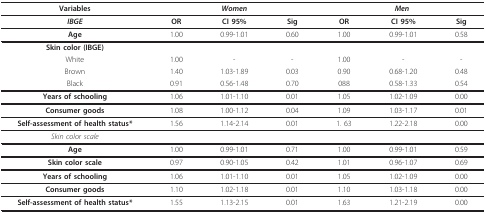
<table><thead><tr><td><b>Variables</b></td><td colspan="3"><b><i>Women</i></b></td><td colspan="3"><b><i>Men</i></b></td></tr></thead><tbody><tr><td><b><i>IBGE</i></b></td><td><b>OR</b></td><td><b>CI 95%</b></td><td><b>Sig</b></td><td><b>OR</b></td><td><b>CI 95%</b></td><td><b>Sig</b></td></tr><tr><td><b>Age</b></td><td>1.00</td><td>0.99-1.01</td><td>0.60</td><td>1.00</td><td>0.99-1.01</td><td>0.58</td></tr><tr><td><b>Skin color (IBGE)</b></td><td></td><td></td><td></td><td></td><td></td><td></td></tr><tr><td>White</td><td>1.00</td><td>-</td><td>-</td><td>1.00</td><td>-</td><td>-</td></tr><tr><td>Brown</td><td>1.40</td><td>1.03-1.89</td><td>0.03</td><td>0.90</td><td>0.68-1.20</td><td>0.48</td></tr><tr><td>Black</td><td>0.91</td><td>0.56-1.48</td><td>0.70</td><td>088</td><td>0.58-1.33</td><td>0.54</td></tr><tr><td><b>Years of schooling</b></td><td>1.06</td><td>1.01-1.10</td><td>0.01</td><td>1.05</td><td>1.02-1.09</td><td>0.00</td></tr><tr><td><b>Consumer goods</b></td><td>1.08</td><td>1.00-1.12</td><td>0.04</td><td>1.09</td><td>1.03-1.17</td><td>0.01</td></tr><tr><td><b>Self-assessment of health status*</b></td><td>1.56</td><td>1.14-2.14</td><td>0.01</td><td>1. 63</td><td>1.22-2.18</td><td>0.00</td></tr><tr><td><i>Skin color scale</i></td><td></td><td></td><td></td><td></td><td></td><td></td></tr><tr><td><b>Age</b></td><td>1.00</td><td>0.99-1.01</td><td>0.71</td><td>1.00</td><td>0.99-1.01</td><td>0.59</td></tr><tr><td><b>Skin color scale</b></td><td>0.97</td><td>0.90-1.05</td><td>0.42</td><td>1.01</td><td>0.96-1.07</td><td>0.69</td></tr><tr><td><b>Years of schooling</b></td><td>1.06</td><td>1.01-1.10</td><td>0.01</td><td>1.05</td><td>1.02-1.09</td><td>0.00</td></tr><tr><td><b>Consumer goods</b></td><td>1.10</td><td>1.02-1.18</td><td>0.01</td><td>1.10</td><td>1.03-1.18</td><td>0.00</td></tr><tr><td><b>Self-assessment of health status*</b></td><td>1.55</td><td>1.13-2.15</td><td>0.01</td><td>1.63</td><td>1.21-2.19</td><td>0.00</td></tr></tbody></table>